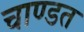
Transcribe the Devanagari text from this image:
चाण्डत